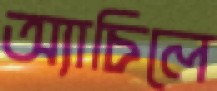
অ্যাচিলে